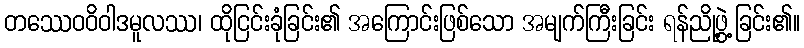
တဿေဝဝိဝါဒမူလဿ၊ ထိုငြင်းခုံခြင်း၏ အကြောင်းဖြစ်သော အမျက်ကြီးခြင်း ရန်ညို့ဖွဲ့ခြင်း၏။